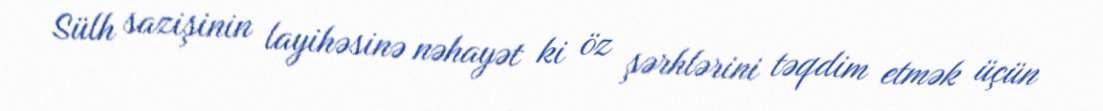
Sülh sazişinin layihəsinə nəhayət ki öz şərhlərini təqdim etmək üçün